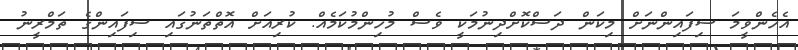
އެހެންވީމަ ސިފައިންނަށް މިކަން ދަސްކޮށްދިނުމަކީ ވެސް މުހިންމުކަމެއް. ކުރިއަށް އޮތްތަނުގައި ސިފައިންގެ ތަމްރީނު